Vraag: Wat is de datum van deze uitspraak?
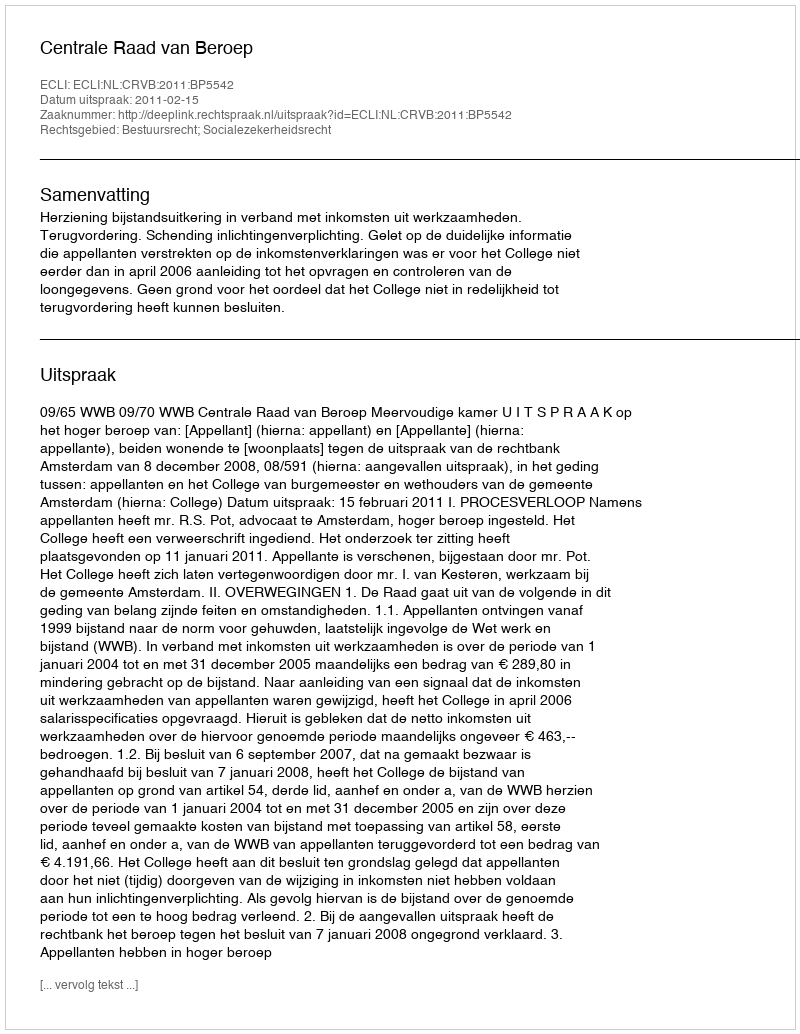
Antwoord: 2011-02-15